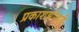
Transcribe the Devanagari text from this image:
प्रकाशझोताचे